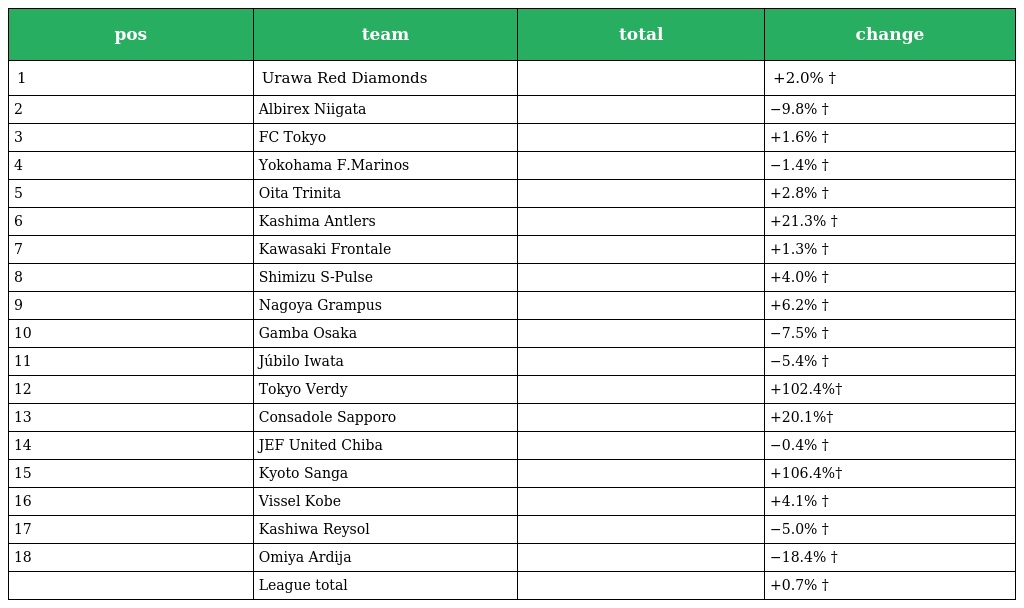
| pos | team | total | change |
 | --- | --- | --- | --- |
 | 1 | Urawa Red Diamonds |  | +2.0% † |
 | 2 | Albirex Niigata |  | −9.8% † |
 | 3 | FC Tokyo |  | +1.6% † |
 | 4 | Yokohama F.Marinos |  | −1.4% † |
 | 5 | Oita Trinita |  | +2.8% † |
 | 6 | Kashima Antlers |  | +21.3% † |
 | 7 | Kawasaki Frontale |  | +1.3% † |
 | 8 | Shimizu S-Pulse |  | +4.0% † |
 | 9 | Nagoya Grampus |  | +6.2% † |
 | 10 | Gamba Osaka |  | −7.5% † |
 | 11 | Júbilo Iwata |  | −5.4% † |
 | 12 | Tokyo Verdy |  | +102.4%† |
 | 13 | Consadole Sapporo |  | +20.1%† |
 | 14 | JEF United Chiba |  | −0.4% † |
 | 15 | Kyoto Sanga |  | +106.4%† |
 | 16 | Vissel Kobe |  | +4.1% † |
 | 17 | Kashiwa Reysol |  | −5.0% † |
 | 18 | Omiya Ardija |  | −18.4% † |
 |  | League total |  | +0.7% † |